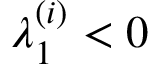
\lambda _ { 1 } ^ { ( i ) } < 0